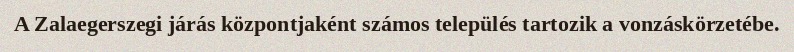
A Zalaegerszegi járás központjaként számos település tartozik a vonzáskörzetébe.